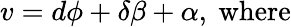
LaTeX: v=d\phi+\delta\beta+\alpha,\ \mathrm{where}